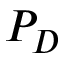
P _ { D }